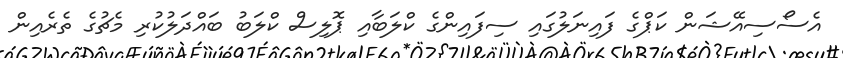
އެސޯސިއޭޝަން ކަޕްގެ ފައިނަލުގައި ސިފައިންގެ ކްލަބާއި ޕޮލިސް ކްލަބު ބައްދަލުކުރި މެޗުގެ ތެރެއިން